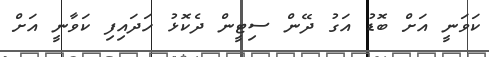
ކަވަނީ އަށް ބޮޑު އަގު ދޭން ސިޓީން ދެކޮޅު ހަދައިފި ކަވާނީ އަށް